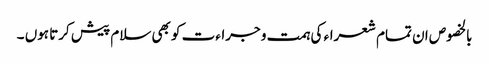
بالخصوص ان تمام شعراء کی ہمت و جراءت کو بھی سلام پیش کرتا ہوں ۔